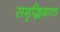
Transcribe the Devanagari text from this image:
समृद्धिदाता